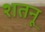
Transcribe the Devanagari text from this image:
शतनू